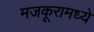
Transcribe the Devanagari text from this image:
मजकूरामध्ये